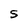
Character: S